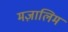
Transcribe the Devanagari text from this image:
मज़ालिम